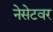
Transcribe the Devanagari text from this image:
नेसेटवर